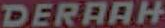
DERAAH